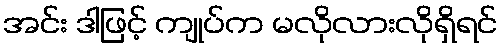
အင်း ဒါဖြင့် ကျုပ်က မလိုလားလိုရှိရင်